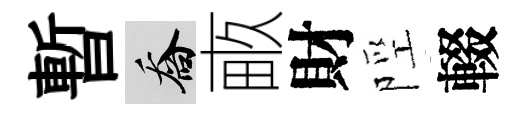
暫喬畞財陘輟